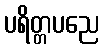
ပရိတ္တပညေ